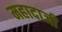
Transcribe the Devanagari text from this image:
महादाजी